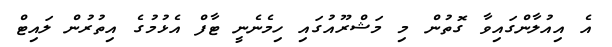
އެ އިއުލާންގައިވާ ގޮތުން މި މަޝްރޫއުގައި ހިމެނެނީ ޓާފް އެޅުމުގެ އިތުރުން ލައިޓް